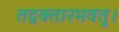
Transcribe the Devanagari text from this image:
तद्वक्तारमवतु।